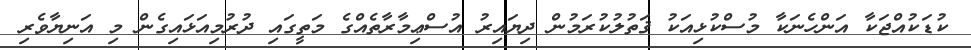
ކުޑަކުއްޖަކާ އަންހެނަކާ މުސްކުޅިއަކު ޤަތުލުކުރަމުން ދިޔައިރު އުސްޢިމާރާތެއްގެ މަތީގައި ދުރުމިއަޅައިގެން މި އަނިޔާވެރި